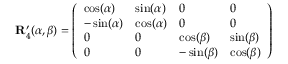
\mathbf { R } _ { 4 } ^ { \prime } ( \alpha , \beta ) = \left( \begin{array} { l l l l } { \cos ( \alpha ) } & { \sin ( \alpha ) } & { 0 } & { 0 } \\ { - \sin ( \alpha ) } & { \cos ( \alpha ) } & { 0 } & { 0 } \\ { 0 } & { 0 } & { \cos ( \beta ) } & { \sin ( \beta ) } \\ { 0 } & { 0 } & { - \sin ( \beta ) } & { \cos ( \beta ) } \end{array} \right)